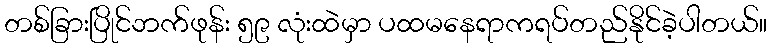
တစ်ခြားပြိုင်ဘက်ဖုန်း ၅၉ လုံးထဲမှာ ပထမနေရာကရပ်တည်နိုင်ခဲ့ပါတယ်။